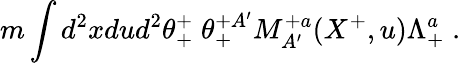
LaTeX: m\int d^{2}xdud^{2}\theta_{+}^{+}\; \theta_{+}^{+A^{\prime}}M_{A^{\prime}}^{+a}(X^{+},u)\Lambda_{+}^{a}\; .